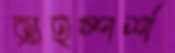
ত্র্যহস্পর্শ